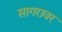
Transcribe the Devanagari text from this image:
सागरावर